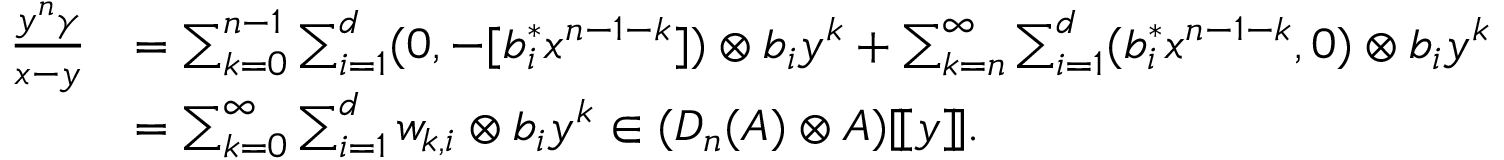
\begin{array} { r l } { \frac { y ^ { n } \gamma } { x - y } } & { = \sum _ { k = 0 } ^ { n - 1 } \sum _ { i = 1 } ^ { d } ( 0 , - [ b _ { i } ^ { * } x ^ { n - 1 - k } ] ) \otimes b _ { i } y ^ { k } + \sum _ { k = n } ^ { \infty } \sum _ { i = 1 } ^ { d } ( b _ { i } ^ { * } x ^ { n - 1 - k } , 0 ) \otimes b _ { i } y ^ { k } } \\ & { = \sum _ { k = 0 } ^ { \infty } \sum _ { i = 1 } ^ { d } w _ { k , i } \otimes b _ { i } y ^ { k } \in ( D _ { n } ( A ) \otimes A ) [ \! [ y ] \! ] . } \end{array}